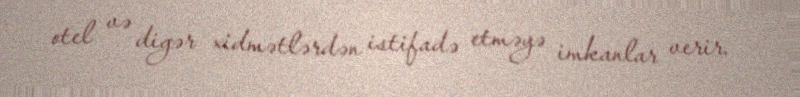
otel və digər xidmətlərdən istifadə etməyə imkanlar verir.